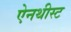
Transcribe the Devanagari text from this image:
ऐनथीस्ट